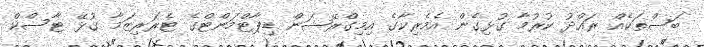
ބަސްތަކެއް ރައްދު ކުރުމާ ގުޅިގެން އެމެރިކާގެ އިމިގްރޭޝަން ޑިޕާޓްމަންޓްގެ ޓެރަރިޒަމާ ގުޅޭ ޓާސްކް